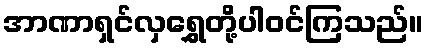
အာဏာရှင်လှရွှေတို့ပါဝင်ကြသည်။